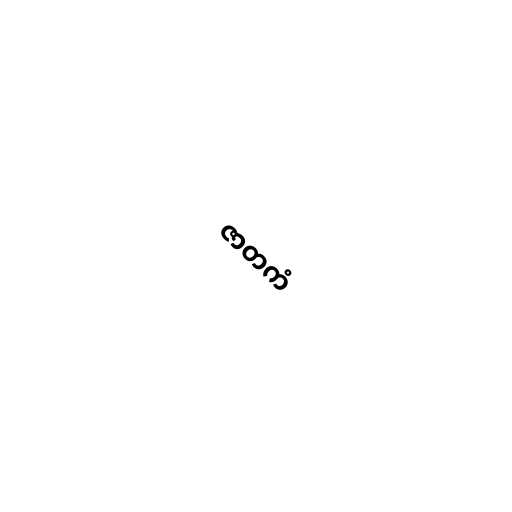
ဇာတကံ